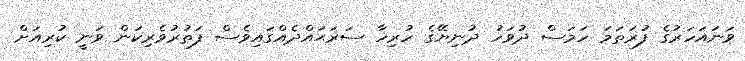
ވަނައަހަރުގެ ފުރަތަމަ ހަމަސް ދުވަހު ދުނިޔޭގެ ހުރިހާ ސަރަޙައްދެއްގައިވެސް ފަތުރުވެރިކަން ވަނީ ކުރިއަށް